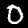
Digit: 0